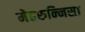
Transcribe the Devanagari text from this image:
मेहरुन्‍निसा